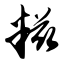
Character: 糍